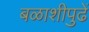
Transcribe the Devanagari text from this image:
बळाशीपुढें